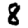
Digit: 8